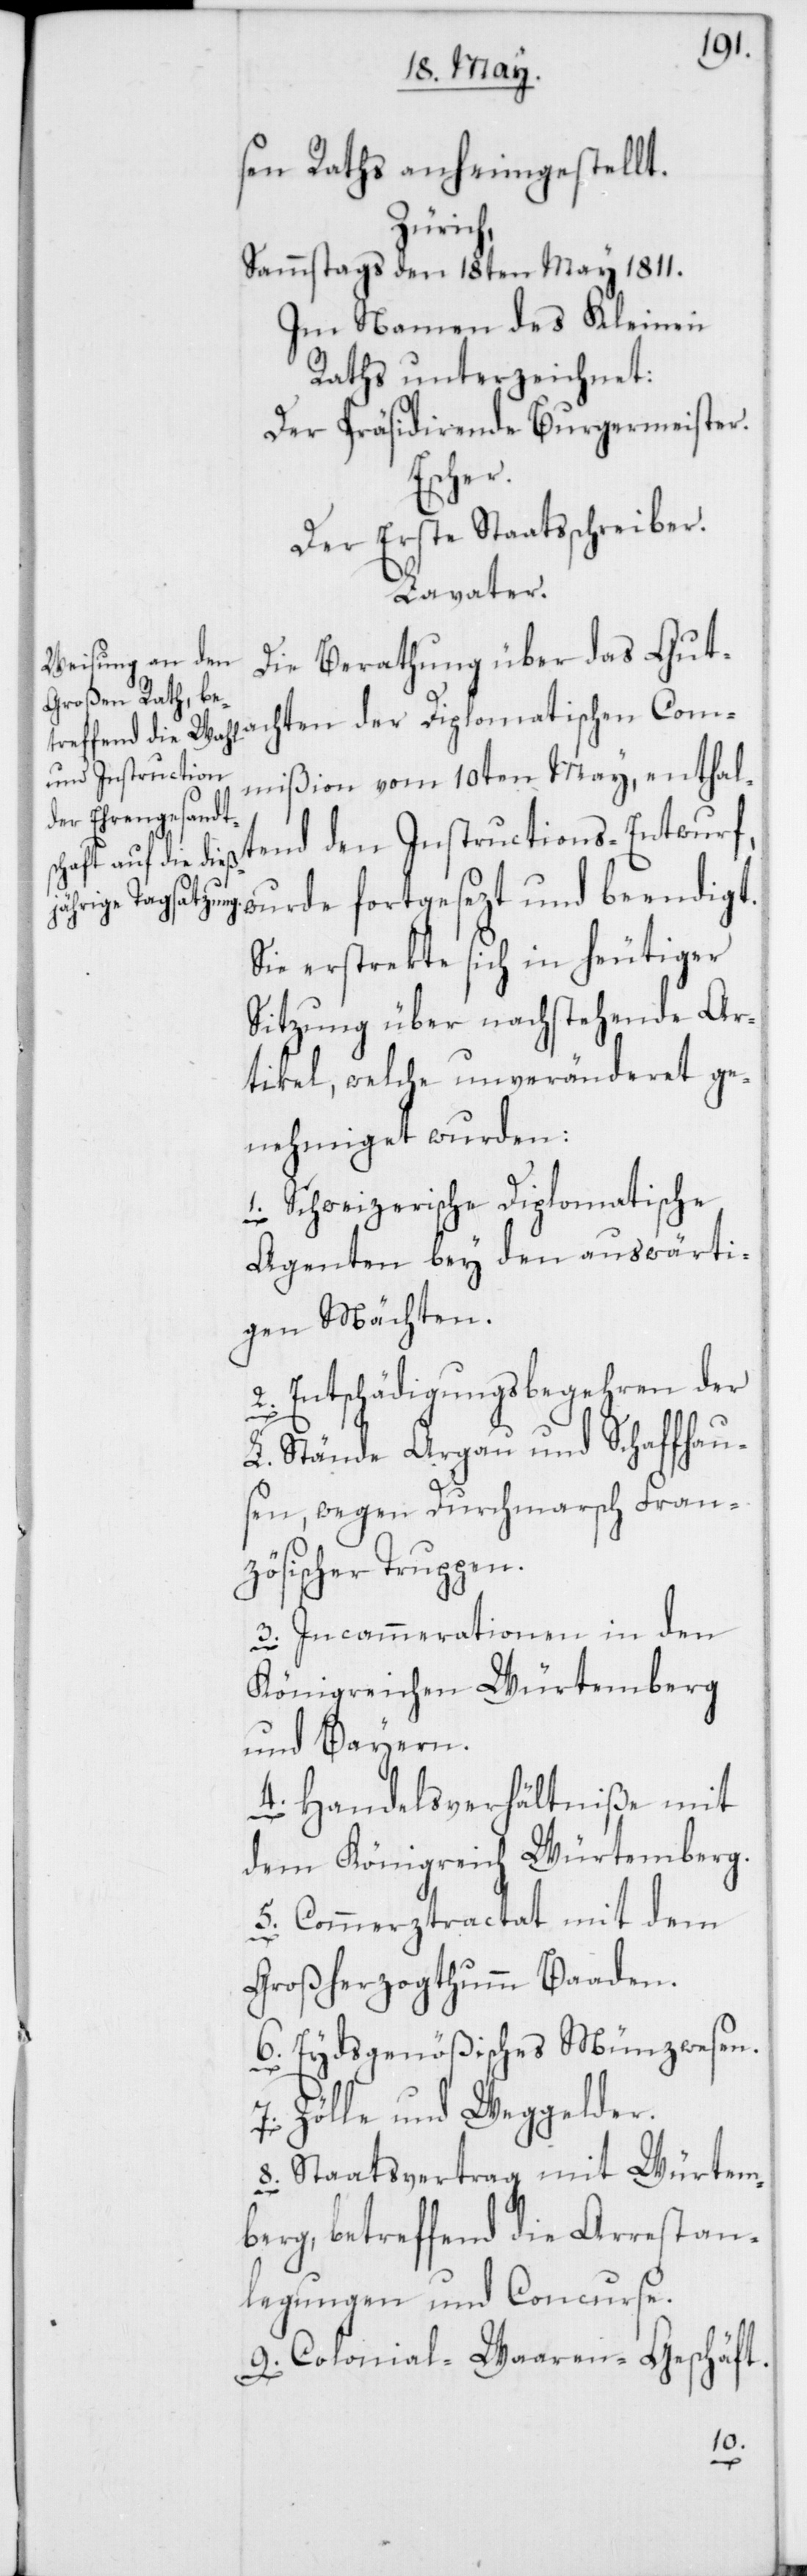
sen Raths anheim gestellt.
Zürich,
Sammstags den 18ten May 1811.
Im Namen des Kleinen
Raths unterzeichnet:
Der Präsidierende Burgermeister.
Escher.
Der Erste Staatsschreiber.
Lavater.
Die Berathung über das Guta¬
chten der Diplomatischen Com¬
mißion vom 10ten May, enthal¬
tend den Instructions-Entwurf,
wurde fortgesezt und beendiget.
Sie erstrekte sich in heutiger
Sitzung über nachstehende Ar¬
tikel, welche unveränderet ge¬
nehmiget wurden:
1. Schweizerische Diplomatische
Agenten bey den auswärti¬
gen Mächten.
2. Entschädigungsbegehren der
L. Stände Argau und Schaffhau¬
sen, wegen Durchmarsch Fran¬
zösischer Truppen.
3. Incammerationen in den
Königreichen Würtemberg
und Bayern.
4. Handelsverhältniße mit
dem Königreich Würtemberg.
5. Commerztractat mit dem
Großherzogthumm Baaden.
6. Eydsgenößisches Münzwesen.
Zölle und Weggelder.
8. Staatsvertrag mit Würtem¬
berg, betreffend die Arrestan¬
legungen und Concurse.
9. Colonial-Waaren-Geschäft.